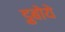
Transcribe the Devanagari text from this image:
डुबोये